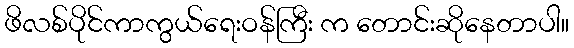
ဖိလစ်ပိုင်ကာကွယ်ရေးဝန်ကြီး က တောင်းဆိုနေတာပါ။